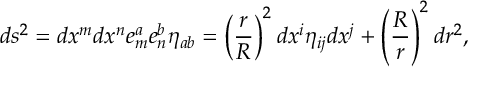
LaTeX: d s ^ { 2 } = d x ^ { m } d x ^ { n } e _ { m } ^ { a } e _ { n } ^ { b } \eta _ { a b } = \left( { \frac { r } { R } } \right) ^ { 2 } d x ^ { i } \eta _ { i j } d x ^ { j } + \left( \frac R r \right) ^ { 2 } d r ^ { 2 } ,